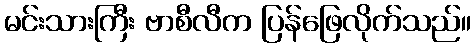
မင်းသားကြီး ဗာစီလီက ပြန်ဖြေလိုက်သည်။